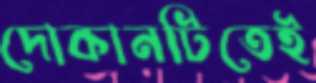
দোকানটিতেই